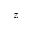
z